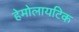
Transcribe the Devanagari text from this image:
हेमोलायटिक